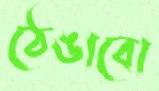
ঠেঙাবো